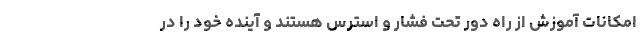
امکانات آموزش از راه دور تحت فشار و استرس هستند و آینده خود را در